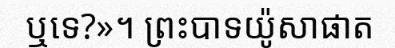
ឬទេ?»។ ព្រះបាទយ៉ូសាផាត